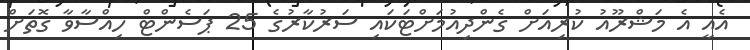
އެއީ އެ މަޝްރޫއު ކުރިއަށް ގެންދިއުމަށްޓަކައި ސަރުކާރުގެ 25 ޕަސެންޓް ހިއްސާވާ ގޮތަށް